38_143685_box7_Incident_Summaries_1-100
Agency: Department of War
Page 90
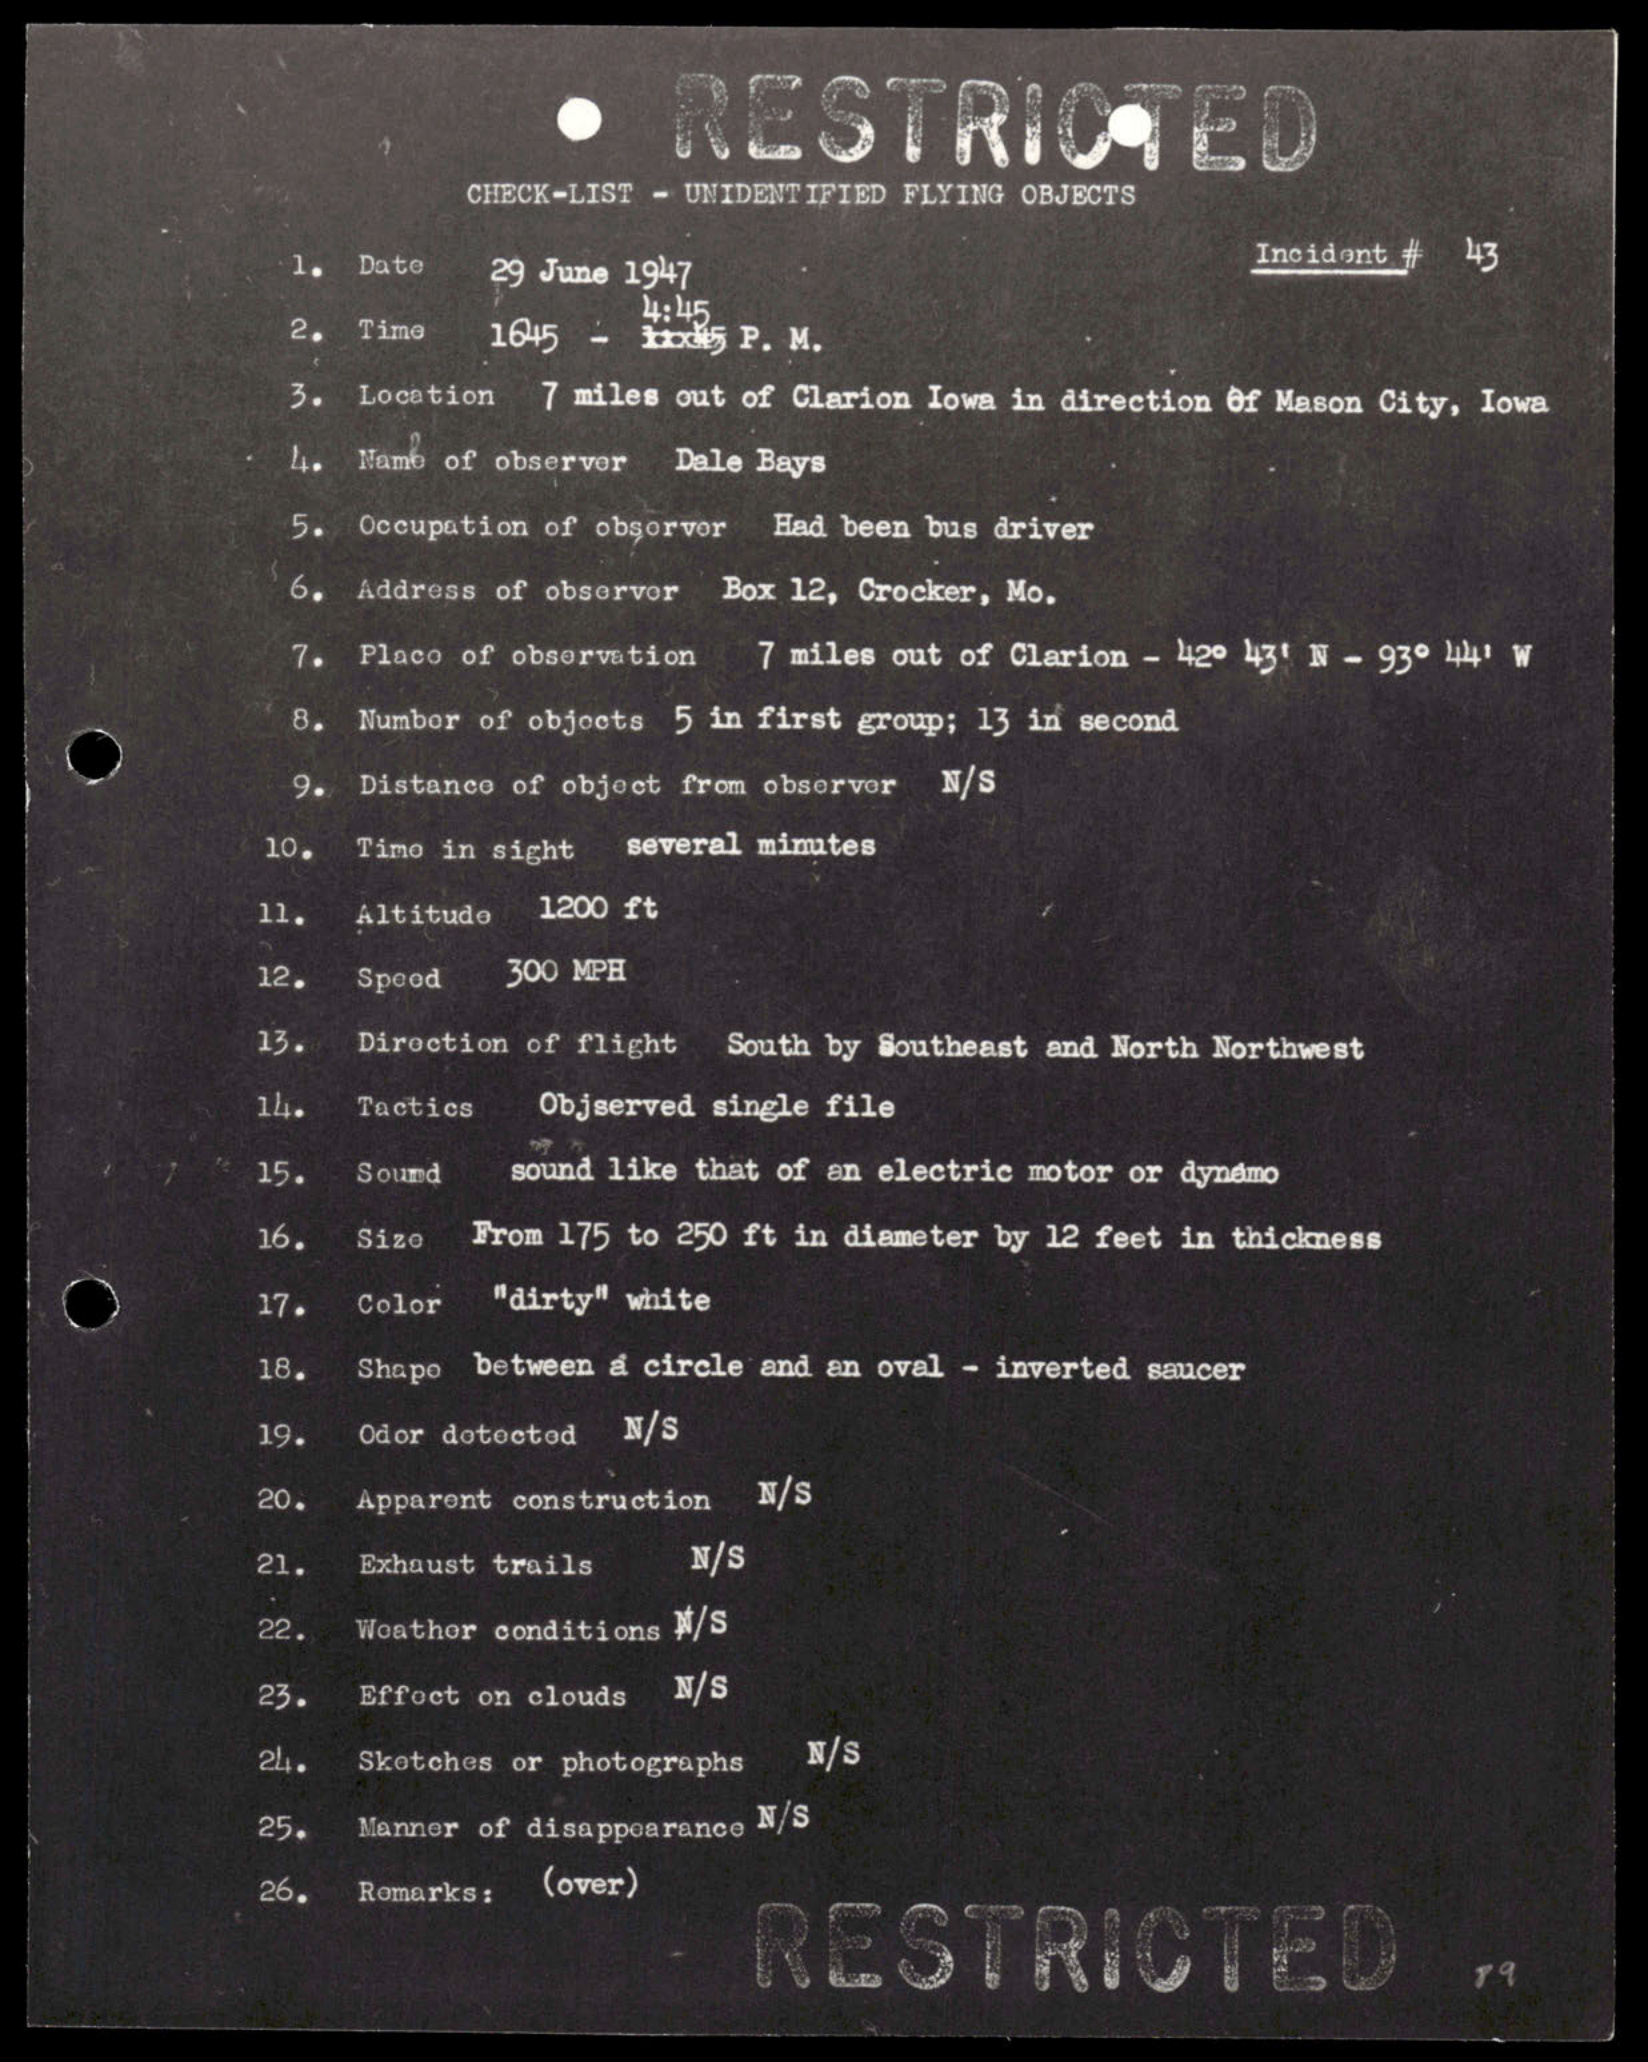